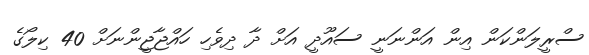
ސްރީލަންކަން އިން އަންނަނީ ސައޫދީ އަށް ދާ ދިވެހި ހައްޖާޖީންނަށް 40 ކިލޯގެ